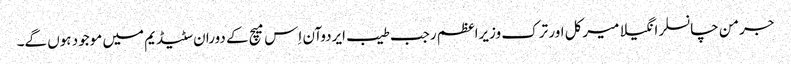
جرمن چانسلر انگیلا میرکل اور ترک وزیراعظم رجب طیب ایردوآن اِس میچ کے دوران سٹیڈیم میں موجود ہوں گے۔